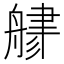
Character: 𦩦